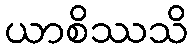
ယာစိဿသိ